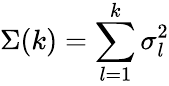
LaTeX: \Sigma(k)=\sum_{l=1}^{k}\sigma_{l}^{2}